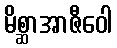
မိစ္ဆာအာဇီဝေါ